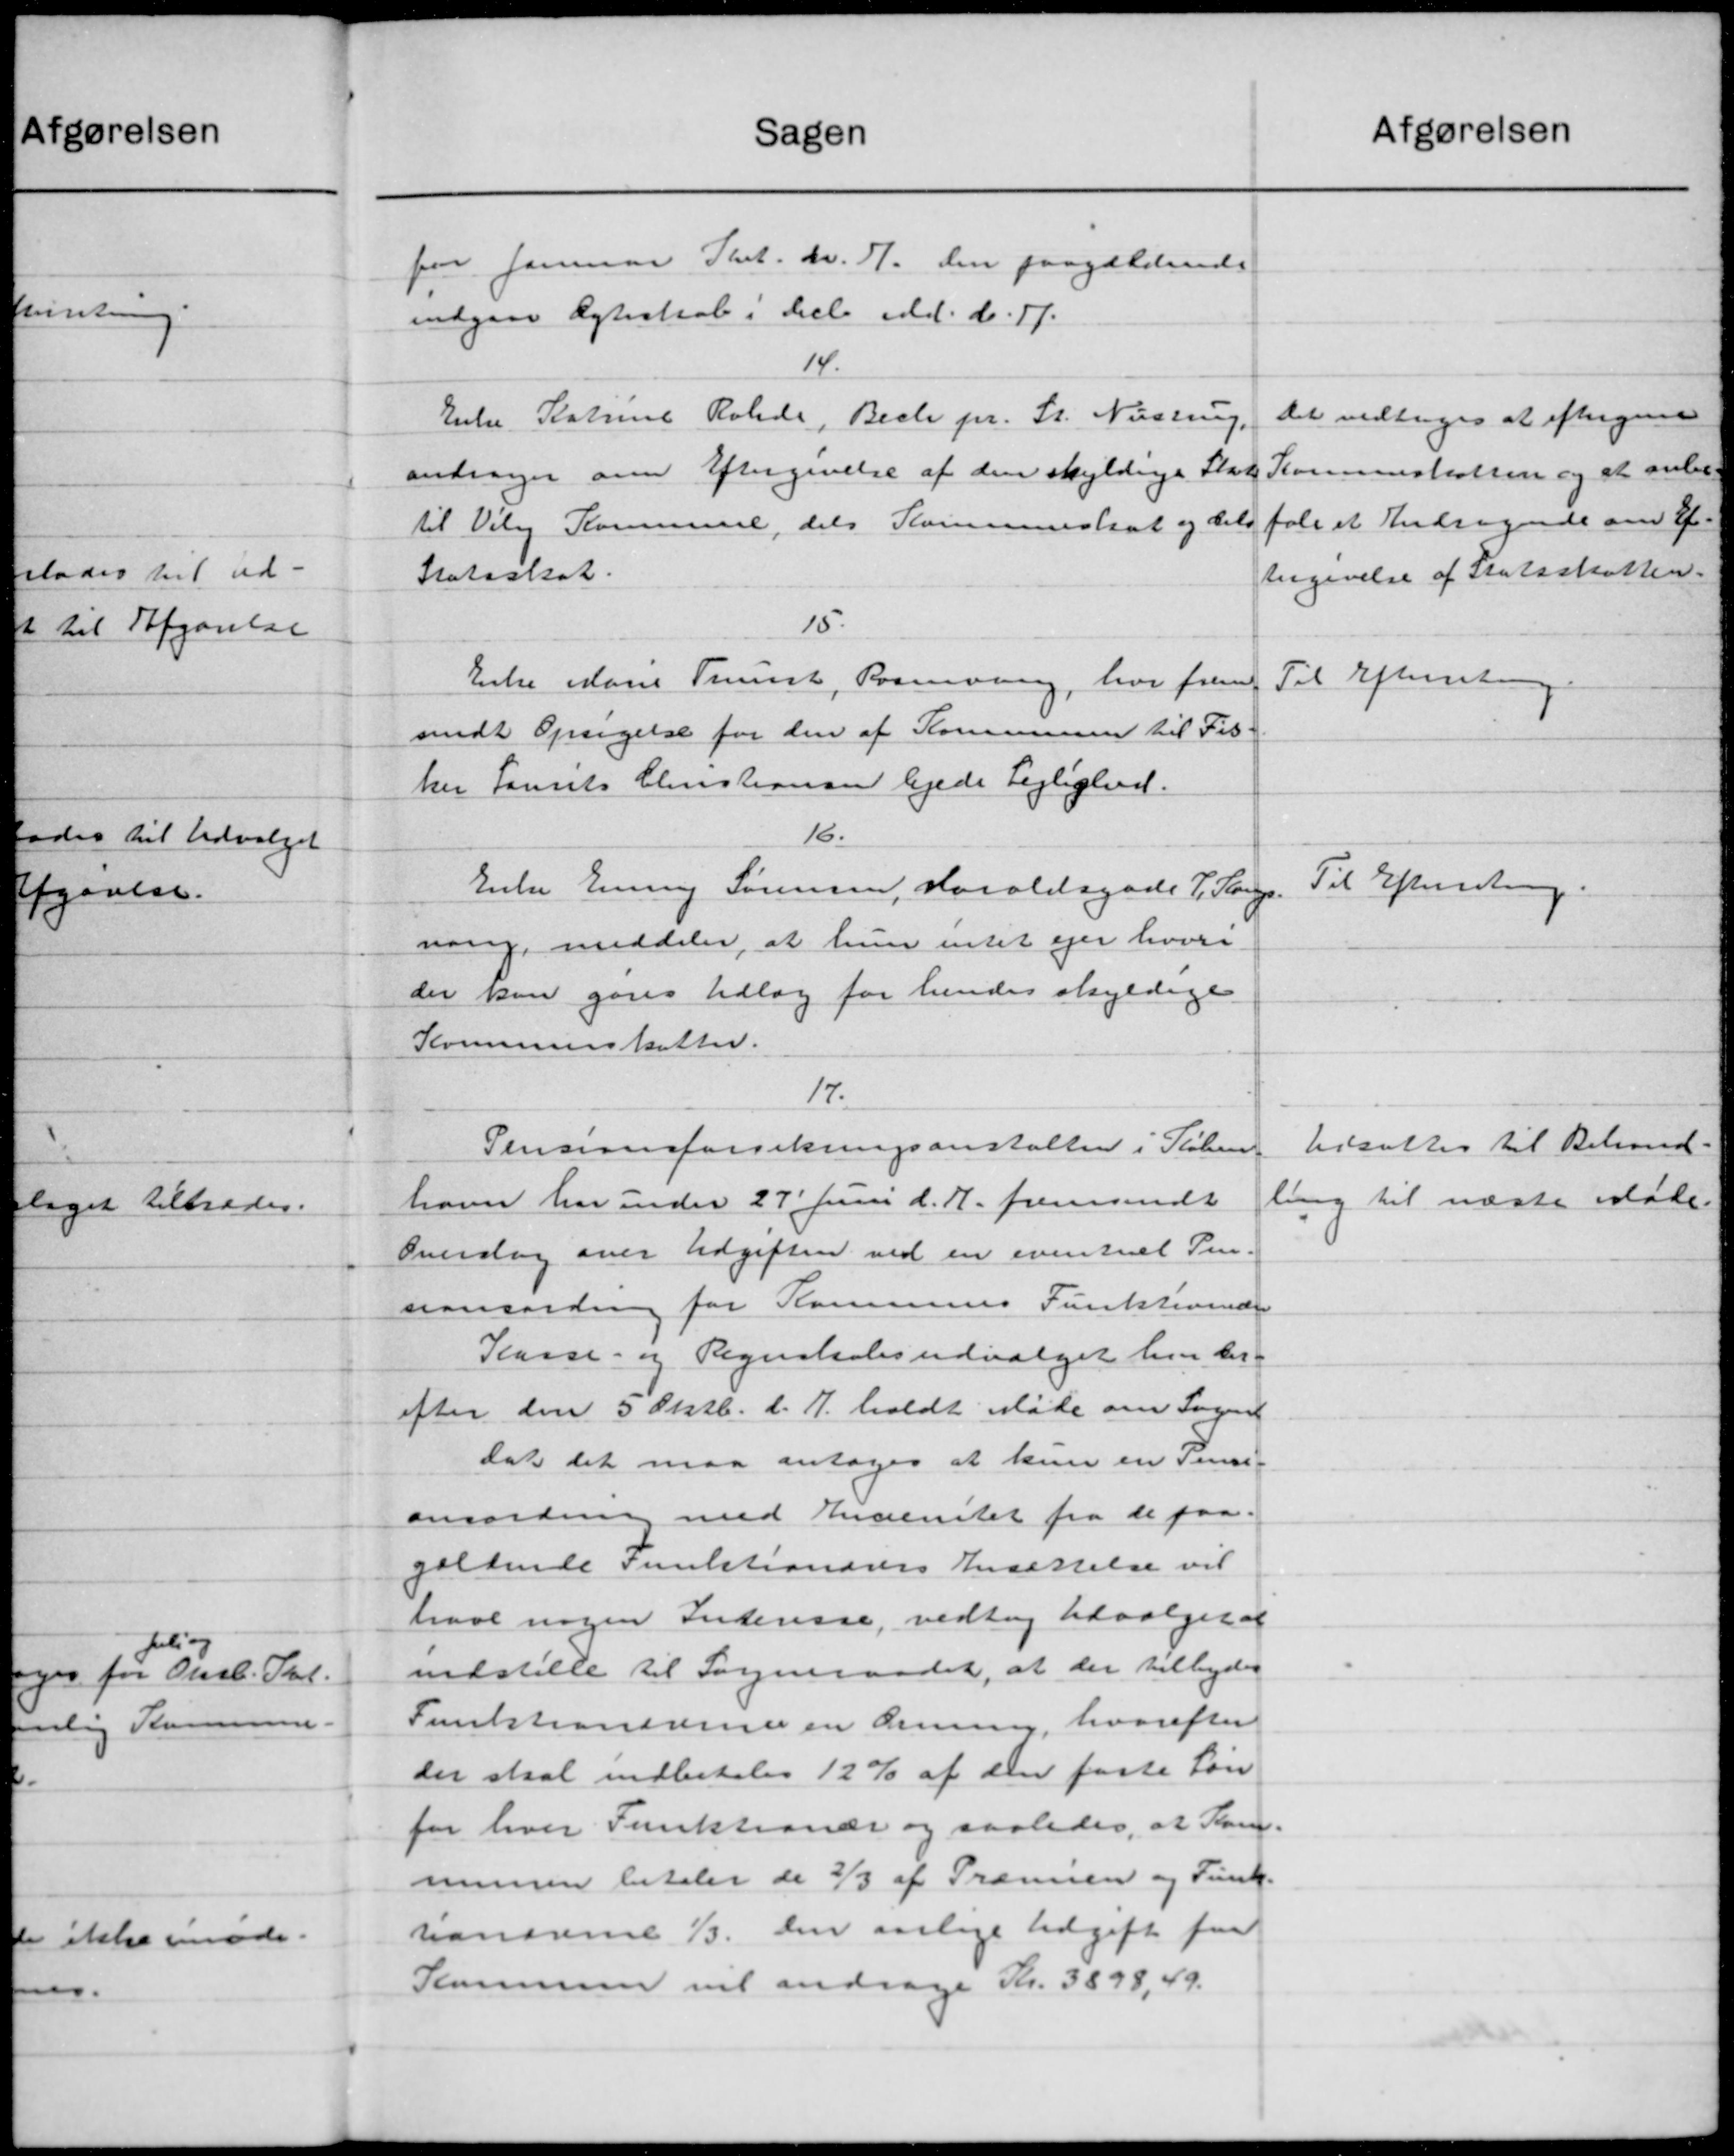
Transskription:
Sagen
for Januar Pkt. dr. 7. den paagældende
indgaar Ægteskab i Decb. Md. d. 17.
14.
Enke Statrine Rohde, Becke pr. St. Nustrup,
andrager om Eftergivelse af den skyldige Stat
til Viby Kommune, dels Kommuneskat og dets
Statsskat.
15.
Enke Marie Trunst, Posevang, har frem
sendt Opsigelse for den af Kommunen til Til
ker Laurits Christiansen lejede Lejlighed.
16.
Enke Emmy Sørensen, Haraldsgade 7. Sang.
ning, meddeler, at hun intet ejer hvori
der kan gøres Udlæg for hendes skyldige
Kommuneskatter.
17.
Pensionsforsikringsanstalten i Køben
have har unden 27' Juni d. A. fremsendt
Overslag over Udgiften ved en eventuel Pen.
sansorden for Kommunens Funktevende
Kasse- og Regnskabsudvalget hvor der
efter den 5 Oktb. d. 7 holdt Møde om Sogne
dat det maa antoges at kun en Jense-
ansordning med Anventet fra de paa
gældende Funktionærers Ansættelse vil
have nogen Interesse, vedtog Udvalget at
indstille til Sogneraadet, at der tilbyder
Funktionerne en anning, hvorefter
der skal indbetales 12 % af den faste Løn
for hver Funktionær og saaledes, at Kom-
munen betaler de 3/3 af Trænsen og Funk-
handene 1/3 den aarlige Udgift fra
Kommune vil andrage Kr. 3898, 49.